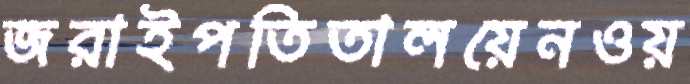
জরাইপতিতালয়েনওয়